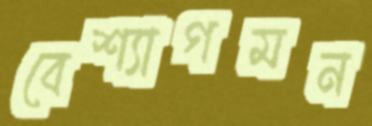
বেশ্যাগমন